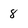
Character: 8